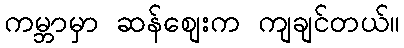
ကမ္ဘာမှာ ဆန်စျေးက ကျချင်တယ်။